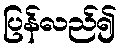
ပြန်လည်၍